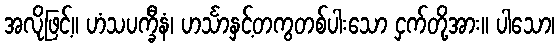
အလိုဖြင့်။ ဟံသပက္ခီနံ၊ ဟင်္သာနှင့်တကွတစ်ပါးသော ငှက်တို့အား။ ပါသော၊